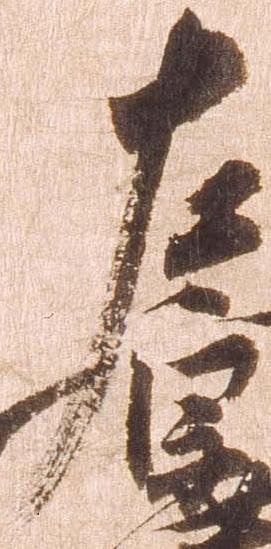
左